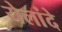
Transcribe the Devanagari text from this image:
येलांदे